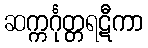
ဆက္ကင်္ဂုတ္တရဋီကာ